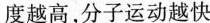
越高，分子运动越快